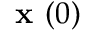
{ \textbf { x } } ( 0 )